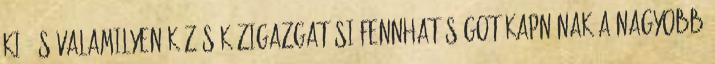
ki, és valamilyen közös közigazgatási fennhatóságot kapnának a nagyobb